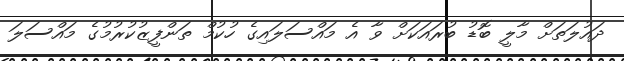
ދައުލަތަށް މާލީ ބޮޑު ބުރައަކަށް ވާ އެ މައްސަލައިގެ ހުކުމް ތަންފީޒުކުރުމުގެ މައްސަލަ